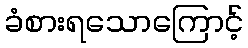
ခံစားရသောကြောင့်